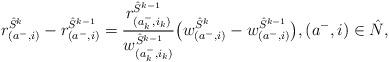
LaTeX: \begin{align*}r_{(a^-, i)}^{\hat{S}^k} - r_{(a^-, i)}^{\hat{S}^{k-1}} =\frac{r_{(a_k^-, i_k)}^{\hat{S}^{k-1}}}{w_{(a_k^-, i_k)}^{\hat{S}^{k-1}}} \big(w_{(a^-, i)}^{\hat{S}^k} -w_{(a^-, i)}^{\hat{S}^{k-1}}\big), (a^-, i) \in \hat{N},\end{align*}